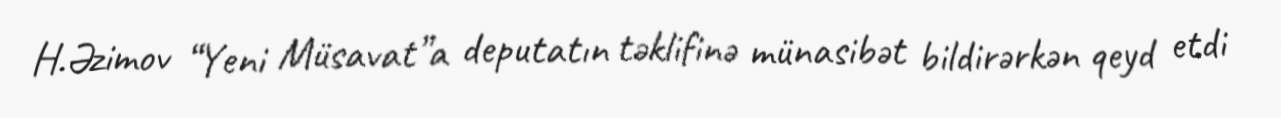
H.Əzimov “Yeni Müsavat”a deputatın təklifinə münasibət bildirərkən qeyd etdi